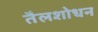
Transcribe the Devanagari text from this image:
तैलशोधन